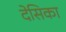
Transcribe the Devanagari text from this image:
देसिका